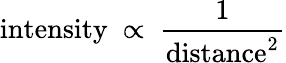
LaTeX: {\mathrm{intensity}}\ \propto\ {\frac{1}{{\mathrm{distance}}^{2}}}